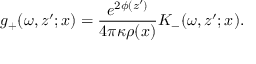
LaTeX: g _ { + } ( \omega , z ^ { \prime } ; x ) = \frac { e ^ { 2 \phi ( z ^ { \prime } ) } } { 4 \pi \kappa \rho ( x ) } K _ { - } ( \omega , z ^ { \prime } ; x ) .